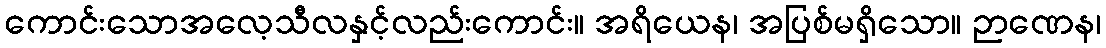
ကောင်းသောအလေ့သီလနှင့်လည်းကောင်း။ အရိယေန၊ အပြစ်မရှိသော။ ဉာဏေန၊